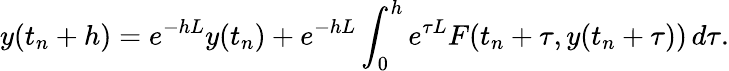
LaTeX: y(t_{n}+h)=e^{-hL}y(t_{n})+e^{-hL}\int_{0}^{h}e^{\tau L}F(t_{n}+\tau,y(t_{n}+\tau))\, d\tau.